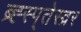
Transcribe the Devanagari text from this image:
ब्र्ह्स्प्तेस्व्रर